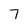
Character: 7